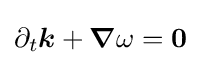
\partial _{t}{\boldsymbol {k}}+{\boldsymbol {\nabla }}\omega ={\boldsymbol {0}}